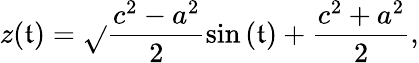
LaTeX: z(\mathfrak{t})=\sqrt{}{{\frac{{c^{2}-a^{2}}}{{2}}\sin{(\mathfrak{t}})+\frac{{c^{2}+a^{2}}}{{2}}}},